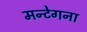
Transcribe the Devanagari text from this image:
मन्टेगना